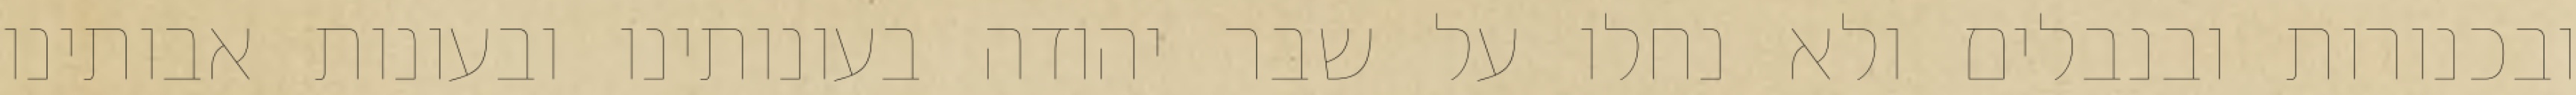
ובכנורות ובנבלים ולא נחלו על שבר יהודה בעונותינו ובעונות אבותינו